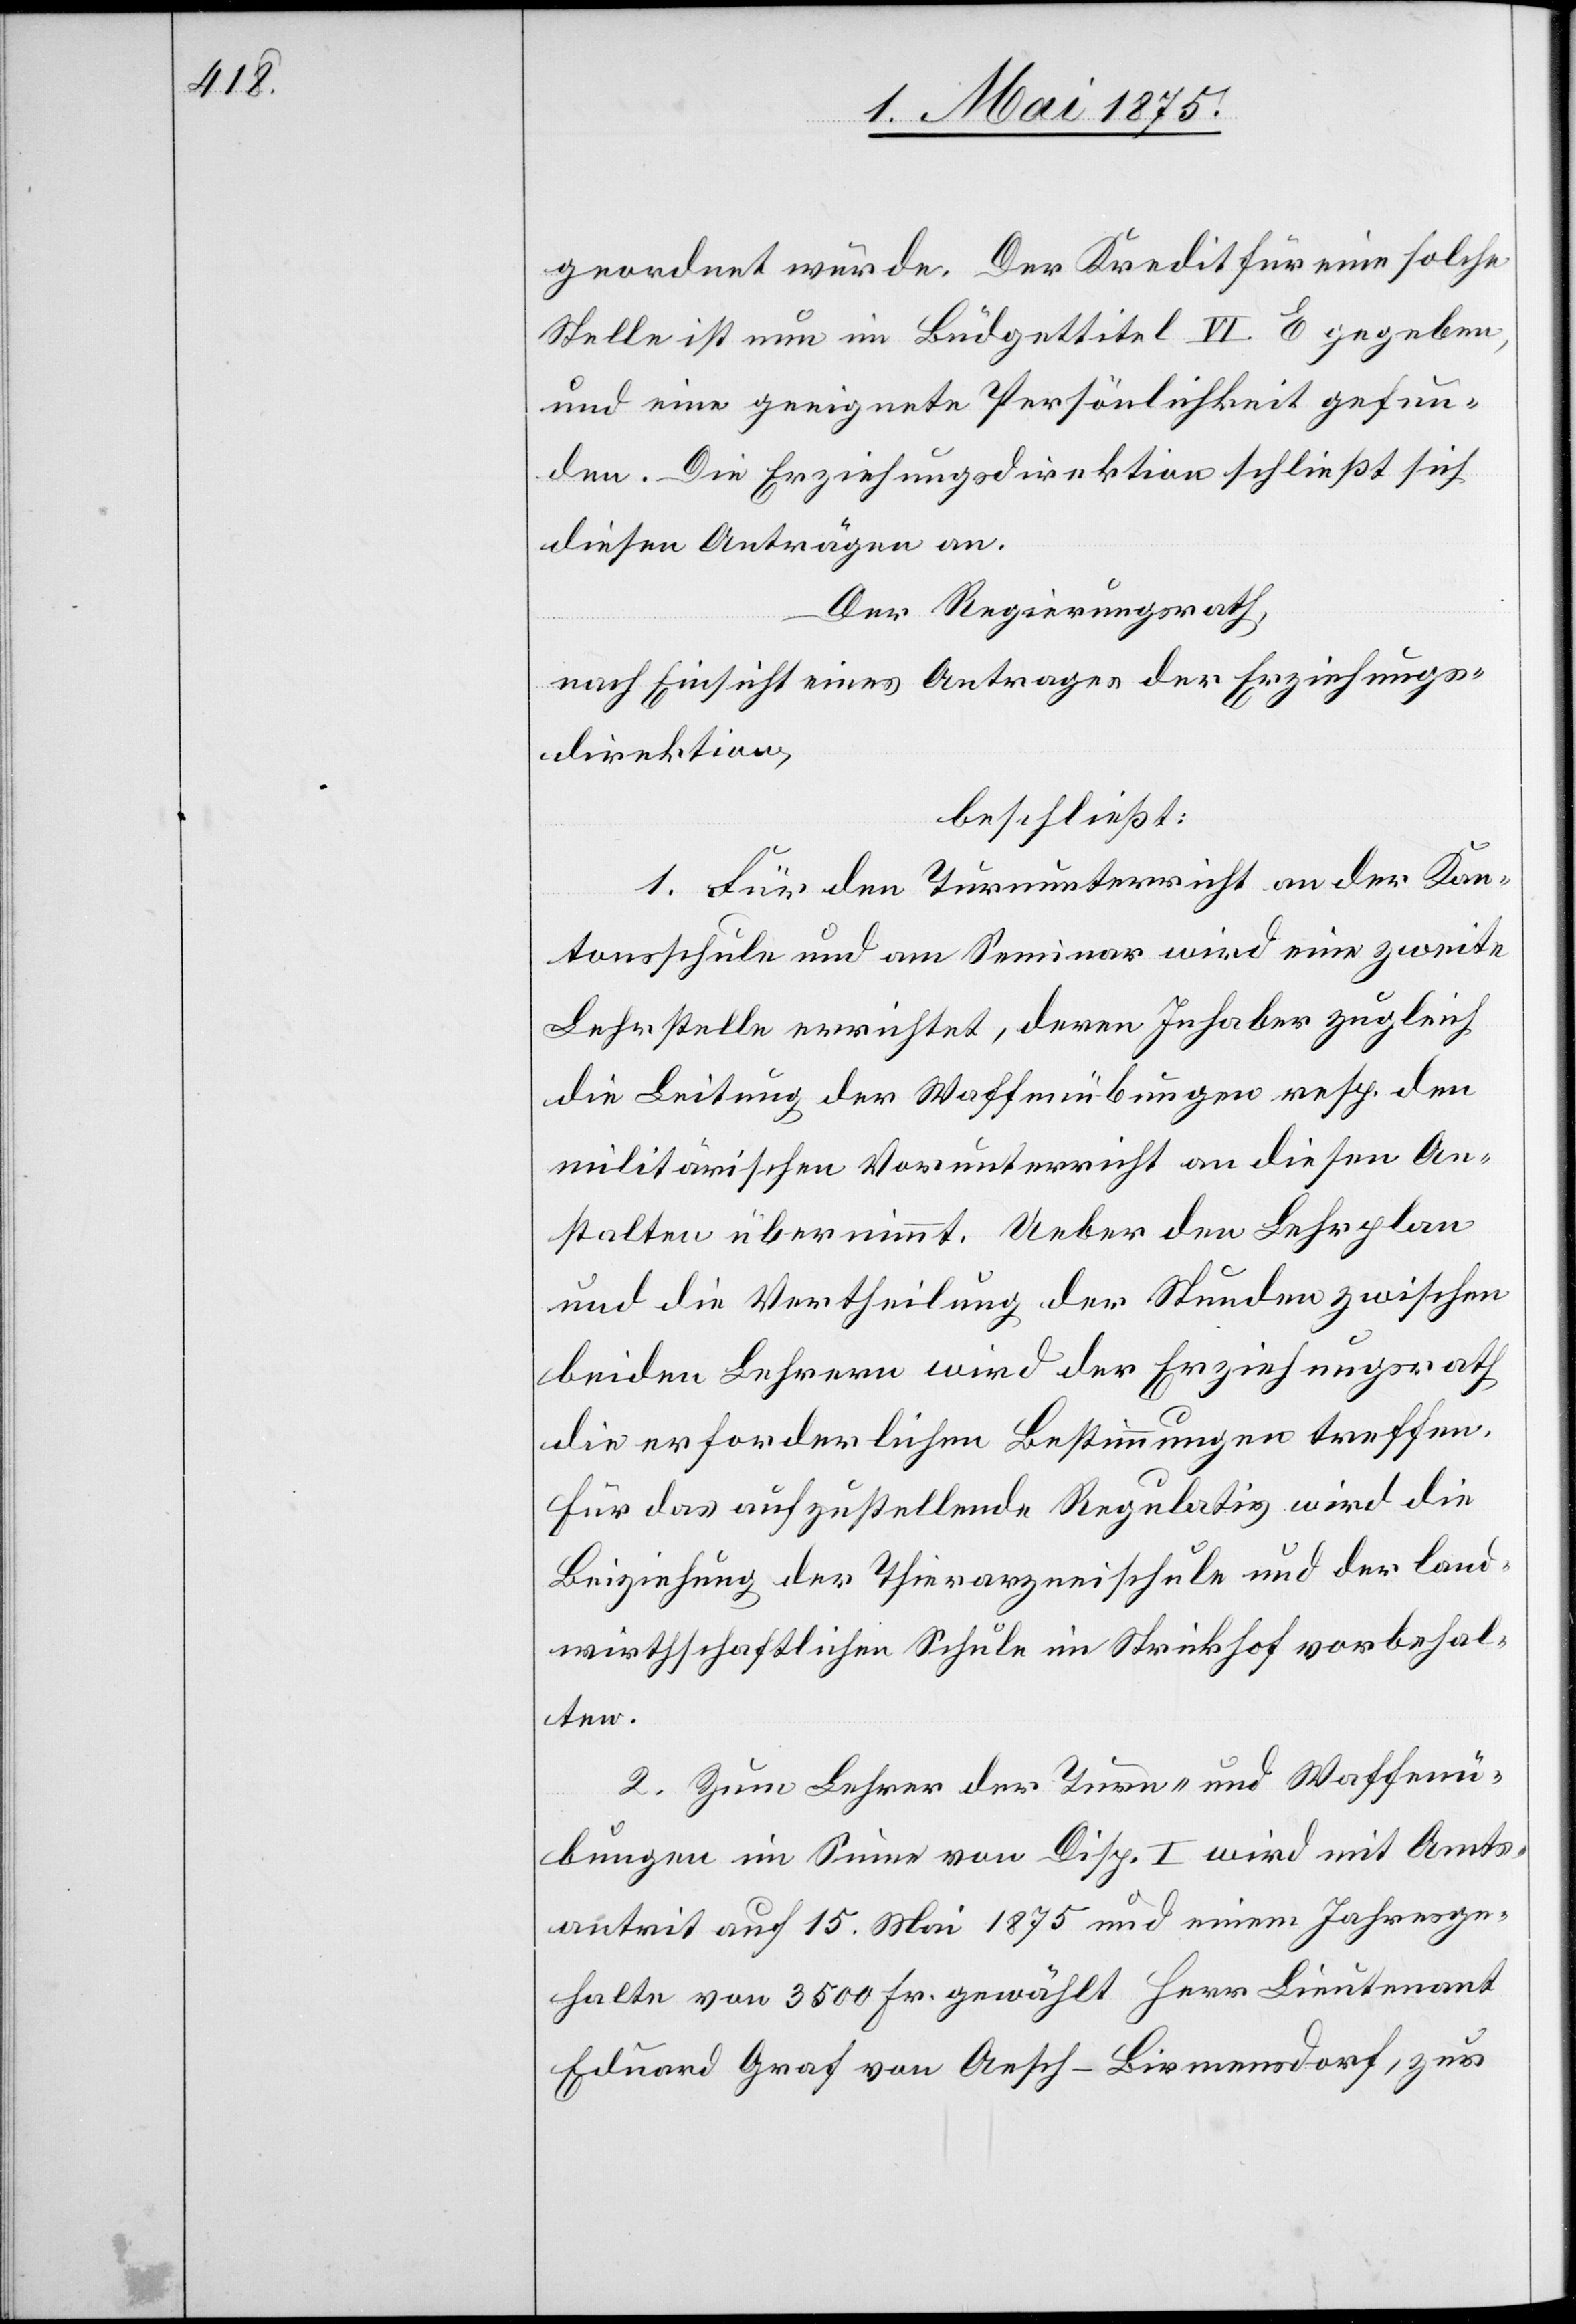
geordnet würde. Der Kredit für eine solche
Stelle ist nun in Büdgettitel VI. E gegeben,
und eine geeignete Persönlichkeit gefun¬
den. Die Erziehungsdirektion schließt sich
diesen Anträgen an.
Der Regierungsrath,
nach Einsicht eines Antrages der Erziehungs¬
direktion,
beschließt:
1. Für den Turnunterricht an der Kan¬
tonsschule und am Seminar wird eine zweite
Lehrstelle errichtet, deren Inhaber zugleich
die Leitung der Waffenübungen resp. den
militärischen Vorunterricht an diesen An¬
stalten übernimmt. Ueber den Lehrplan
und die Vertheilung der Stunden zwischen
beiden Lehrern wird der Erziehungsrath
die erforderlichen Bestimmungen treffen.
Für das aufzustellende Regulativ wird die
Beiziehung der Thierarzneischule und der land¬
wirthschaftlichen Schule im Strickhof vorbehal¬
ten.
2. Zum Lehrer der Turn- und Waffenü¬
bungen im Sinne von Disp. I wird mit Amts¬
antrit[t] auf 15. Mai 1875 und einem Jahresge¬
halte von 3500 Fr. gewählt Herr Lieutenant
Eduard Graf von Aesch-Birmensdorf, zur